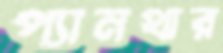
প্যানথার